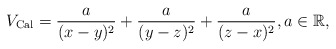
\begin{gather*} V_{\rm Cal}=\frac{a}{(x-y)^2}+ \frac{a}{(y-z)^2}+\frac{a}{(z-x)^2}, a\in \mathbb{R} ,\end{gather*}